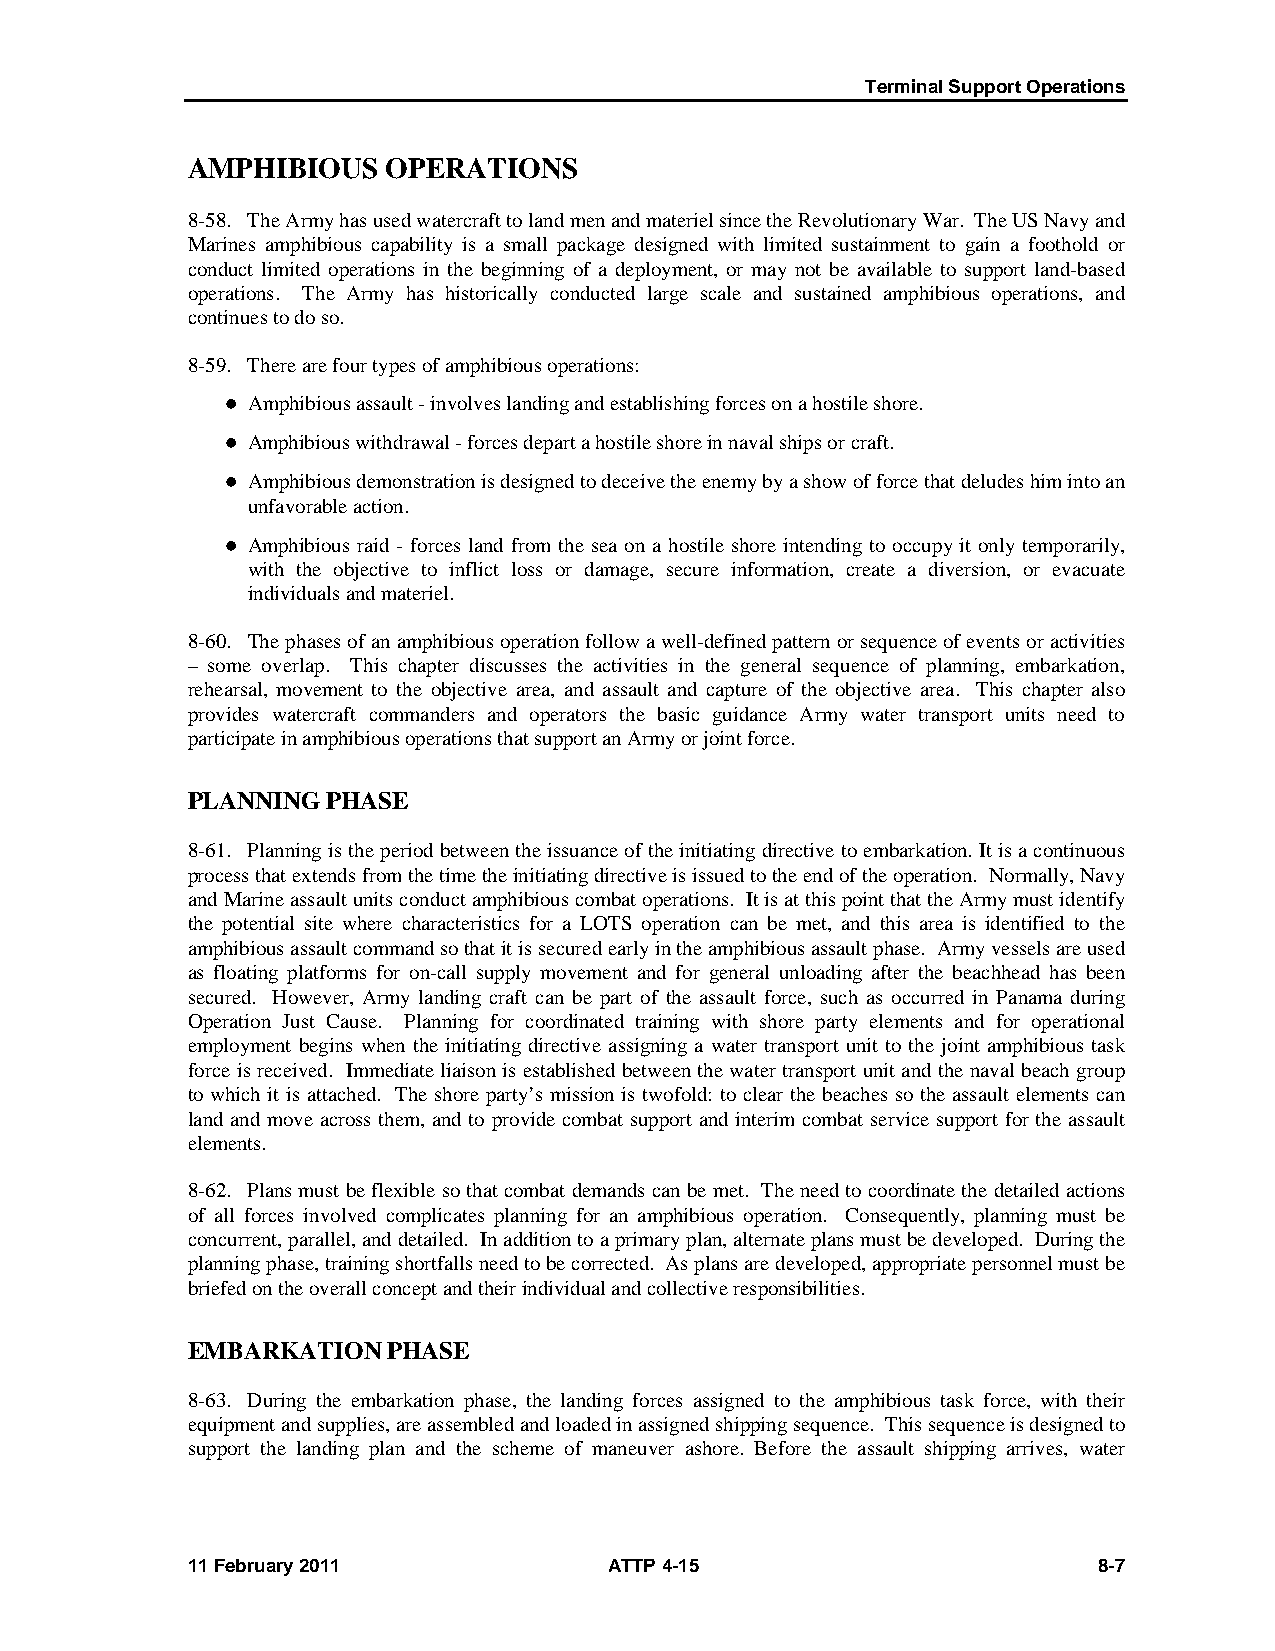
Terminal Support Operations
 AMPHIBIOUS    OPERATIONS
 8-58. The Army has used watercraft to land men and materiel since the Revolutionary War. The US Navy and
 Marines amphibious capability is a small package designed with limited sustainment to gain a foothold or
 conduct limited operations in the beginning of a deployment, or may not be available to support land-based
 operations. The Army has historically conducted large scale and sustained amphibious operations, and
 continues to do so.
 8-59. There are four types of amphibious operations:
  Amphibious assault - involves landing and establishing forces on a hostile shore.
  Amphibious withdrawal - forces depart a hostile shore in naval ships or craft.
  Amphibious demonstration is designed to deceive the enemy by a show of force that deludes him into an
 unfavorable action.
  Amphibious raid - forces land from the sea on a hostile shore intending to occupy it only temporarily,
 with the objective to inflict loss or damage, secure information, create a diversion, or evacuate
 individuals and materiel.
 8-60. The phases of an amphibious operation follow a well-defined pattern or sequence of events or activities
 – some overlap. This chapter discusses the activities in the general sequence of planning, embarkation,
 rehearsal, movement to the objective area, and assault and capture of the objective area. This chapter also
 provides watercraft commanders and operators the basic guidance Army water transport units need to
 participate in amphibious operations that support an Army or joint force.
 PLANNING  PHASE
 8-61. Planning is the period between the issuance of the initiating directive to embarkation. It is a continuous
 process that extends from the time the initiating directive is issued to the end of the operation. Normally, Navy
 and Marine assault units conduct amphibious combat operations. It is at this point that the Army must identify
 the potential site where characteristics for a LOTS operation can be met, and this area is identified to the
 amphibious assault command so that it is secured early in the amphibious assault phase. Army vessels are used
 as floating platforms for on-call supply movement and for general unloading after the beachhead has been
 secured. However, Army landing craft can be part of the assault force, such as occurred in Panama during
 Operation Just Cause. Planning for coordinated training with shore party elements and for operational
 employment begins when the initiating directive assigning a water transport unit to the joint amphibious task
 force is received. Immediate liaison is established between the water transport unit and the naval beach group
 to which it is attached. The shore party’s mission is twofold: to clear the beaches so the assault elements can
 land and move across them, and to provide combat support and interim combat service support for the assault
 elements.
 8-62. Plans must be flexible so that combat demands can be met. The need to coordinate the detailed actions
 of all forces involved complicates planning for an amphibious operation. Consequently, planning must be
 concurrent, parallel, and detailed. In addition to a primary plan, alternate plans must be developed. During the
 planning phase, training shortfalls need to be corrected. As plans are developed, appropriate personnel must be
 briefed on the overall concept and their individual and collective responsibilities.
 EMBARKATION   PHASE
 8-63. During the embarkation phase, the landing forces assigned to the amphibious task force, with their
 equipment and supplies, are assembled and loaded in assigned shipping sequence. This sequence is designed to
 support the landing plan and the scheme of maneuver ashore. Before the assault shipping arrives, water
 11 February 2011            ATTP 4-15                        8-7